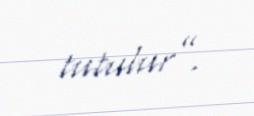
tutulur”.